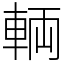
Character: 輌